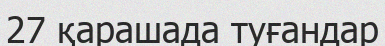
27 қарашада туғандар